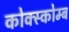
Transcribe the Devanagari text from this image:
कोक्स्कोम्ब